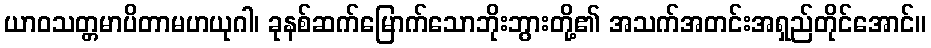
ယာဝသတ္တမာပိတာမဟယုဂါ၊ ခုနစ်ဆက်မြောက်သောဘိုးဘွားတို့၏ အသက်အတင်းအရှည်တိုင်အောင်။